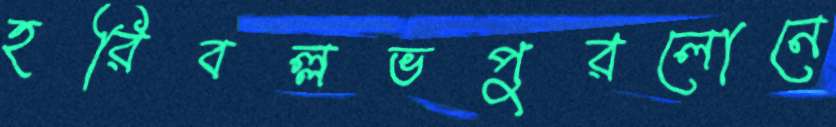
হরিবল্লভপুরলোনে